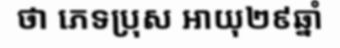
ថា ភេទប្រុស អាយុ២៩ឆ្នាំ